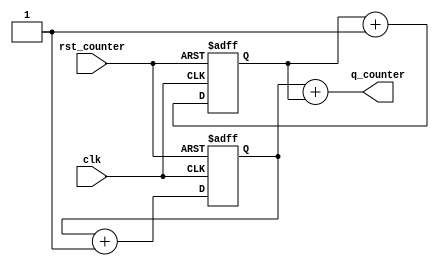
// This program was cloned from: https://github.com/tangxifan/micro_benchmark
// License: MIT License

`timescale 1ns / 1ps
//////////////////////////////////////////////////////////////////////////////////
// Company: Rapid Silicon
// 
// Design Name: 
// Module Name: counterupn_1clk_dualedge_async_resetp
// Project Name: 
// Target Devices: 
// Tool Versions: 
// Description: 
// 
// Dependencies: 
// 
// Revision:
// Revision 0.01 - File Created
// Additional Comments:
// 
//////////////////////////////////////////////////////////////////////////////////


module counterupn_1clk_dualedge_async_resetp(clk, q_counter, rst_counter);
    
    parameter n = 12;
    input clk;
    input rst_counter;
    output [n-1:0] q_counter;
    reg [n-1:0] q_counter1,q_counter2;
 
    always @ (posedge clk or posedge rst_counter)
        begin
            if(rst_counter)
	    	    q_counter1 <= 0;
	        else
	    	    q_counter1 <= q_counter1 + 1;
        end
    
    always @ (negedge clk or posedge rst_counter)
        begin
            if(rst_counter)
                q_counter2 <= 0;
            else
                q_counter2 <= q_counter2 + 1;
        end

    assign q_counter = q_counter1 + q_counter2;
    
endmodule